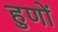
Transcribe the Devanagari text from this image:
हुणों